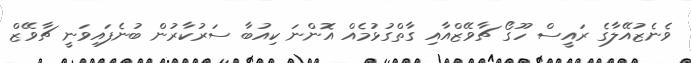
ވެނެޒުއޭލާގެ ރައީސް ހޫގޯ ޗާވޭޒްއާއި ގާތްގުޅުމެއް އޮންނަ ކިއުބާ ސަރުކާރުން ބުނެފައިވަނީ ޗާވޭޒް